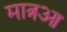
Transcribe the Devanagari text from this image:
मात्रआ